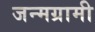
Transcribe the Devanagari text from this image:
जन्मग्रामी